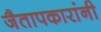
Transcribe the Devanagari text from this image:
जैतापकारांनी